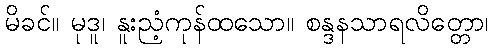
မိခင်။ မုဒူ၊ နူးညံ့ကုန်ထသော။ စန္ဒနသာရလိတ္တော၊